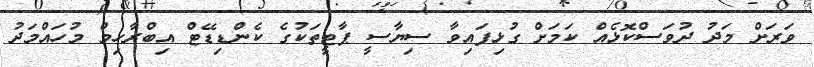
ވަރަށް މަދު ދުވަސްކޮޅެއް ކަމަށް ގުޅިފައިވާ ސިޔާސީ ޕާޓީތަކުގެ ކެންޑިޑޭޓް އިބްރާހިމް މުހައްމަދު